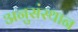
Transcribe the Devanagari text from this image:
अनुसंस्थान